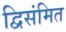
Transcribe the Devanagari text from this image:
द्विसंमित